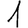
Digit: 1